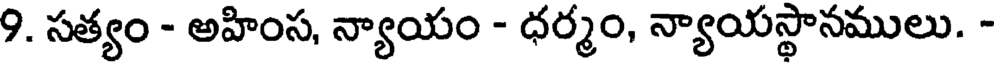
9. సత్యం - అహింస, న్యాయం - ధర్మం, న్యాయస్థానములు. -